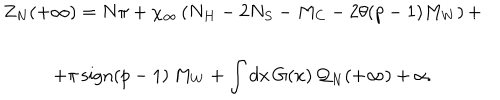
LaTeX: \begin{array} { c } { { Z _ { N } ( + \infty ) = N \pi + \chi _ { \infty } \left( N _ { H } - 2 N _ { S } - M _ { C } - 2 \theta ( p - 1 ) M _ { W } \right) + } } \\ { { + \pi \, \textrm { s i g n } ( p - 1 ) \, M _ { W } + \displaystyle \int d x \, G ( x ) \, { \cal Q } _ { N } ( + \infty ) + \alpha . } } \\ \end{array}